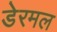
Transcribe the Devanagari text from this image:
डेरमल